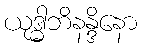
ယုဒ္ဓါဘိနန္ဒိနော